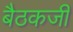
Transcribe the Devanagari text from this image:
बैठकजी